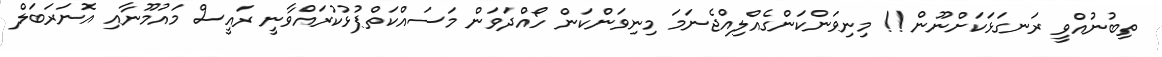
ތިބުނުއްވީ ރަނގަޅަކަށްނޫން !! މިނިވަންކަންގެއްލިއްޖެނަމަ މިނިވަންކަން ހޯއްދަވަން މަސައްކަތްޕުޅުކުރައްވާނީ ރައީސް މައުމޫނާއި އޮނަރަބަލް